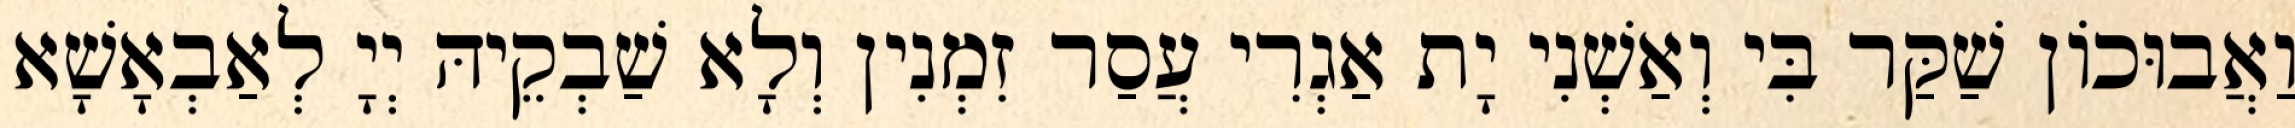
וַאֲבוּכוֹן שַׁקַּר בִּי וְאַשְׁנִי יָת אַגְרִי עֲסַר זִמְנִין וְלָא שַׁבְקֵיהּ יְיָ לְאַבְאָשָׁא